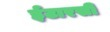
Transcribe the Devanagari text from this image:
ईटारसी